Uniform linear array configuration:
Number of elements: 12
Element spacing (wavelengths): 0.5
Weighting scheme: exponential
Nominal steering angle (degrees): -60
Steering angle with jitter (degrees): -58.256
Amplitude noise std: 0.05
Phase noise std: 0.05

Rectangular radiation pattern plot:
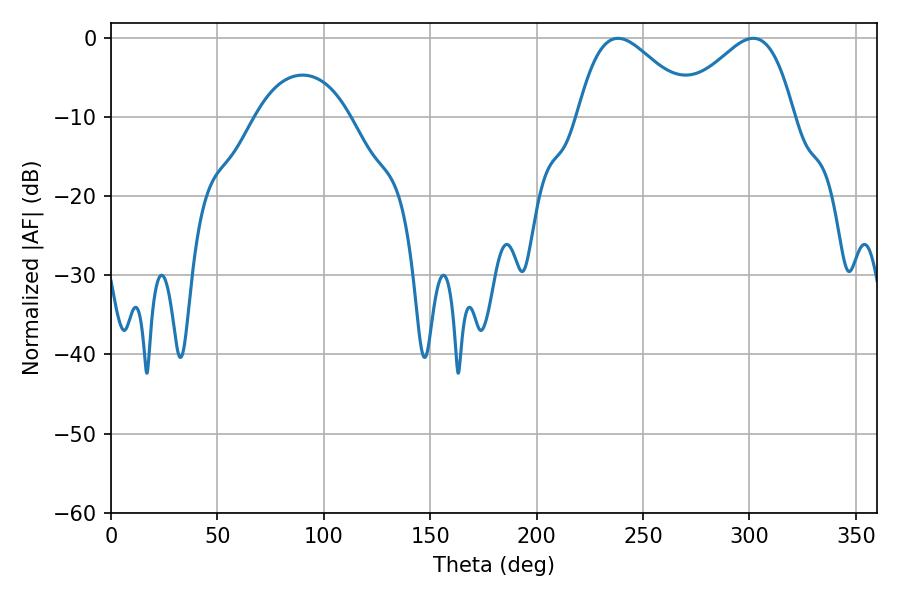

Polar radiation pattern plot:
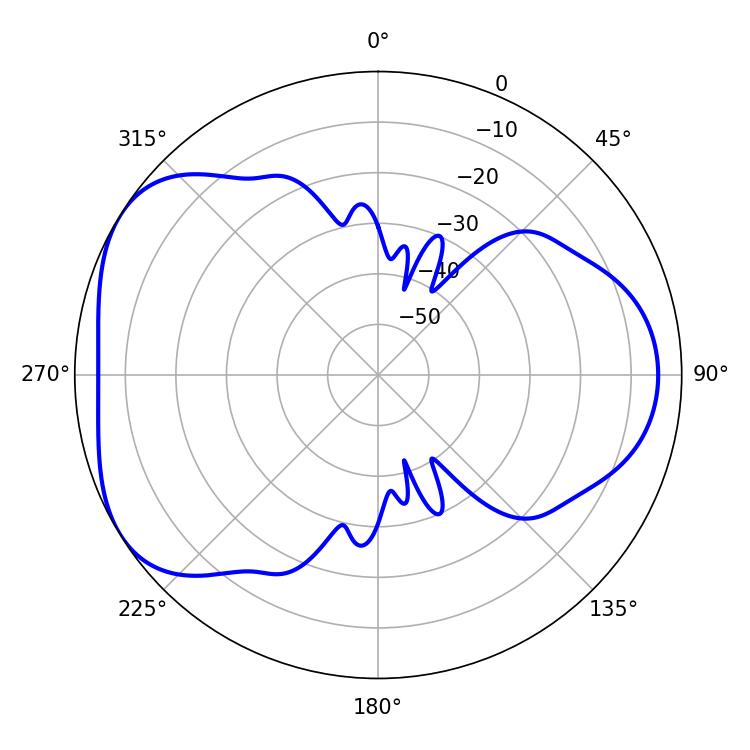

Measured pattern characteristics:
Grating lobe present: FALSE
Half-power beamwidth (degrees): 28.8
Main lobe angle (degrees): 238.14